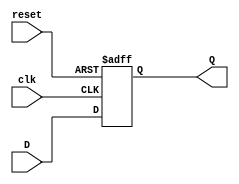
`timescale 1ns / 1ps
//////////////////////////////////////////////////////////////////////////////////
// Company: 
// Engineer: 
// 
// Design Name: 
// Module Name: D_Fliplop
// Project Name: 
// Target Devices: 
// Tool Versions: 
// Description: 
// 
// Dependencies: 
// 
// Revision:
// Revision 0.01 - File Created
// Additional Comments:
// 
//////////////////////////////////////////////////////////////////////////////////



    
    
    
module D_fliplopfile(clk, reset, D, Q);
parameter N = 16; // coeffient wordlength
input clk, reset;
input [N-1:0] D;
output  reg [N-1:0] Q;
always@(posedge clk, posedge reset)
 if (reset)
 Q <= 0;
 else
 Q <= D;

endmodule